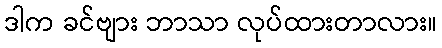
ဒါက ခင်ဗျား ဘာသာ လုပ်ထားတာလား။